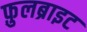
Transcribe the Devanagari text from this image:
फ़ुलब्राइट